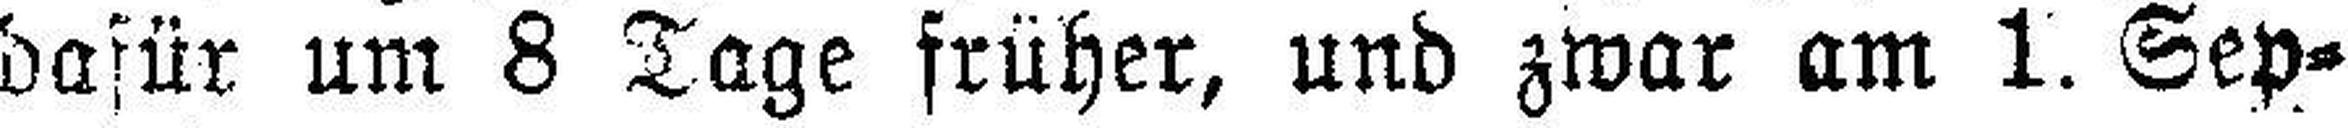
dafür um 8 Tage früher, und zwar am 1. Sep¬